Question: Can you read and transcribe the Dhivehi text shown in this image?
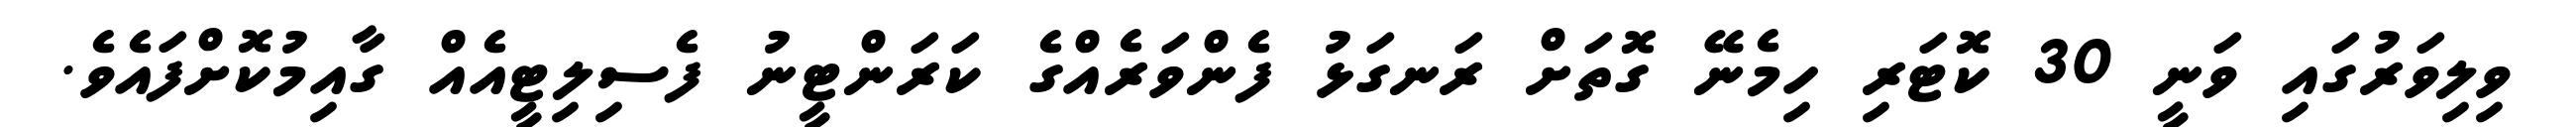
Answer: ވިލިވަރުގައި ވަނީ 30 ކޮޓަރި ހިމެނޭ ގޮތަށް ރަނގަޅު ފެންވަރެއްގެ ކަރަންޓީނު ފެސިލިޓީއެއް ގާއިމުކޮށްފައެވެ.